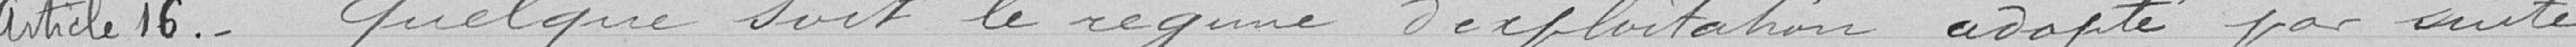
Article 16. - Quelque soit le régime d’exploitation adopté par suite